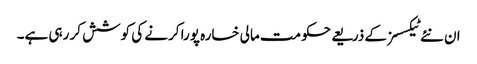
ان نئے ٹیکسسز کے ذریعے حکومت مالی خسارہ پورا کرنے کی کوشش کر رہی ہے۔